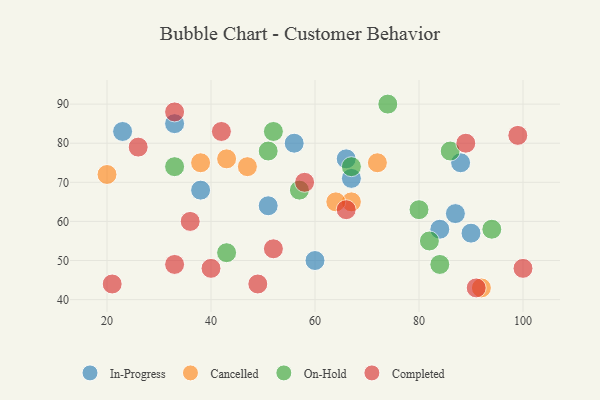
{"axis": {"x": "GDP", "y": "Life Expectancy"}, "legend": ["Cancelled", "Completed", "In-Progress", "On-Hold"], "data": [{"x": "67", "y": 71, "type": "In-Progress"}, {"x": "33", "y": 85, "type": "In-Progress"}, {"x": "51", "y": 64, "type": "In-Progress"}, {"x": "66", "y": 76, "type": "In-Progress"}, {"x": "56", "y": 80, "type": "In-Progress"}, {"x": "87", "y": 62, "type": "In-Progress"}, {"x": "90", "y": 57, "type": "In-Progress"}, {"x": "88", "y": 75, "type": "In-Progress"}, {"x": "23", "y": 83, "type": "In-Progress"}, {"x": "84", "y": 58, "type": "In-Progress"}, {"x": "38", "y": 68, "type": "In-Progress"}, {"x": "60", "y": 50, "type": "In-Progress"}, {"x": "67", "y": 65, "type": "Cancelled"}, {"x": "43", "y": 76, "type": "Cancelled"}, {"x": "47", "y": 74, "type": "Cancelled"}, {"x": "92", "y": 43, "type": "Cancelled"}, {"x": "72", "y": 75, "type": "Cancelled"}, {"x": "20", "y": 72, "type": "Cancelled"}, {"x": "64", "y": 65, "type": "Cancelled"}, {"x": "38", "y": 75, "type": "Cancelled"}, {"x": "82", "y": 55, "type": "On-Hold"}, {"x": "80", "y": 63, "type": "On-Hold"}, {"x": "94", "y": 58, "type": "On-Hold"}, {"x": "57", "y": 68, "type": "On-Hold"}, {"x": "74", "y": 90, "type": "On-Hold"}, {"x": "84", "y": 49, "type": "On-Hold"}, {"x": "43", "y": 52, "type": "On-Hold"}, {"x": "33", "y": 74, "type": "On-Hold"}, {"x": "86", "y": 78, "type": "On-Hold"}, {"x": "52", "y": 83, "type": "On-Hold"}, {"x": "51", "y": 78, "type": "On-Hold"}, {"x": "67", "y": 74, "type": "On-Hold"}, {"x": "99", "y": 82, "type": "Completed"}, {"x": "21", "y": 44, "type": "Completed"}, {"x": "89", "y": 80, "type": "Completed"}, {"x": "26", "y": 79, "type": "Completed"}, {"x": "66", "y": 63, "type": "Completed"}, {"x": "33", "y": 49, "type": "Completed"}, {"x": "91", "y": 43, "type": "Completed"}, {"x": "58", "y": 70, "type": "Completed"}, {"x": "52", "y": 53, "type": "Completed"}, {"x": "40", "y": 48, "type": "Completed"}, {"x": "36", "y": 60, "type": "Completed"}, {"x": "33", "y": 88, "type": "Completed"}, {"x": "100", "y": 48, "type": "Completed"}, {"x": "42", "y": 83, "type": "Completed"}, {"x": "49", "y": 44, "type": "Completed"}]}